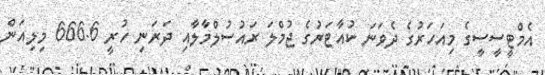
އެމްޓީސީސީގެ މިއަހަރުގެ ދެވަނަ ކުއާޓަރުގެ ޖުމްލަ ރައުސުލްމާލާއި ދަރަނި ހުރީ 666.6 މިލިއަން